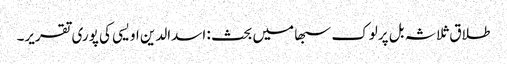
طلاق ثلاثہ بل پرلوک سبھا میں بحث : اسدالدین اویسی کی پوری تقریر۔